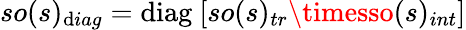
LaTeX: so(s)_{\mathrm{d}iag}=\mathrm{{\mathrm{d}iag}}~[so(s)_{tr}\timesso(s)_{int}]